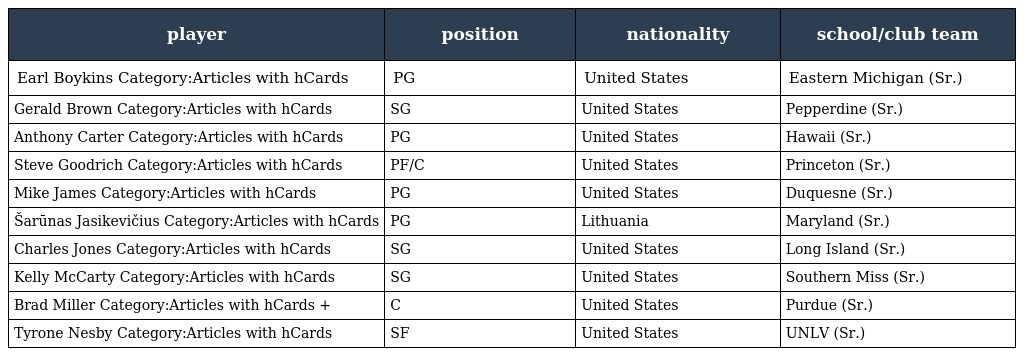
| player | position | nationality | school/club team |
 | --- | --- | --- | --- |
 | Earl Boykins Category:Articles with hCards | PG | United States | Eastern Michigan (Sr.) |
 | Gerald Brown Category:Articles with hCards | SG | United States | Pepperdine (Sr.) |
 | Anthony Carter Category:Articles with hCards | PG | United States | Hawaii (Sr.) |
 | Steve Goodrich Category:Articles with hCards | PF/C | United States | Princeton (Sr.) |
 | Mike James Category:Articles with hCards | PG | United States | Duquesne (Sr.) |
 | Šarūnas Jasikevičius Category:Articles with hCards | PG | Lithuania | Maryland (Sr.) |
 | Charles Jones Category:Articles with hCards | SG | United States | Long Island (Sr.) |
 | Kelly McCarty Category:Articles with hCards | SG | United States | Southern Miss (Sr.) |
 | Brad Miller Category:Articles with hCards + | C | United States | Purdue (Sr.) |
 | Tyrone Nesby Category:Articles with hCards | SF | United States | UNLV (Sr.) |